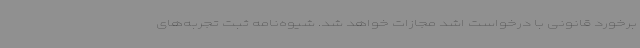
برخورد قانونی با درخواست اشد مجازات خواهد شد. شیوه‌نامه ثبت تجربه‌های